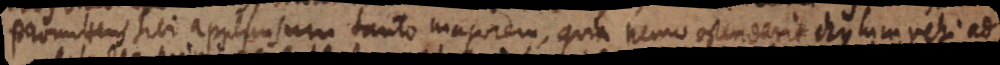
promittens sibi applausum tanto majorem, quia nemo ostenderit chylum vehi ad